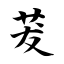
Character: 茇